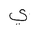
Letter: _ya